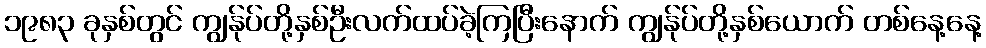
၁၉၈၃ ခုနှစ်တွင် ကျွန်ုပ်တို့နှစ်ဦးလက်ထပ်ခဲ့ကြပြီးနောက် ကျွန်ုပ်တို့နှစ်ယောက် တစ်နေ့နေ့